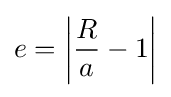
e=\left|{\frac {R}{a}}-1\right|